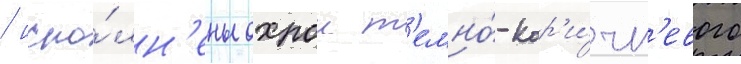
/ испо́лн'ены охрои т'емно́-кор'и́чн'евого